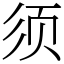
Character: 须